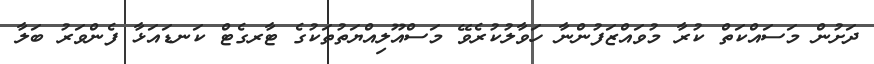
ދަށުން މަސައްކަތް ކުރާ މުވައްޒަފުންނާ ހަވާލުކުރެވޭ މަސްއޫލިއްޔަތުތަކުގެ ޓާރގެޓް ކަނޑައަޅާ ފެންވަރު ބަލާ